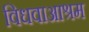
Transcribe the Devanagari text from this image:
विधवाआश्रम